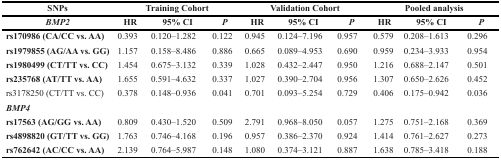
<table><thead><tr><td><b>SNPs</b></td><td colspan="3"><b>Training Cohort</b></td><td colspan="3"><b>Validation Cohort</b></td><td colspan="3"><b>Pooled analysis</b></td></tr><tr><td><b><i>BMP2</i></b></td><td><b>HR</b></td><td><b>95% CI</b></td><td><b><i>P</i></b></td><td><b>HR</b></td><td><b>95% CI</b></td><td><b><i>P</i></b></td><td><b>HR</b></td><td><b>95% CI</b></td><td><b><i>P</i></b></td></tr></thead><tbody><tr><td><b>rs170986 (CA/CC vs. AA)</b></td><td>0.393</td><td>0.120–1.282</td><td>0.122</td><td>0.945</td><td>0.124–7.196</td><td>0.957</td><td>0.579</td><td>0.208–1.613</td><td>0.296</td></tr><tr><td><b>rs1979855 (AG/AA vs. GG)</b></td><td>1.157</td><td>0.158–8.486</td><td>0.886</td><td>0.665</td><td>0.089–4.953</td><td>0.690</td><td>0.959</td><td>0.234–3.933</td><td>0.954</td></tr><tr><td><b>rs1980499 (CT/TT vs. CC)</b></td><td>1.454</td><td>0.675–3.132</td><td>0.339</td><td>1.028</td><td>0.432–2.447</td><td>0.950</td><td>1.216</td><td>0.688–2.147</td><td>0.501</td></tr><tr><td><b>rs235768 (AT/TT vs. AA)</b></td><td>1.655</td><td>0.591–4.632</td><td>0.337</td><td>1.027</td><td>0.390–2.704</td><td>0.956</td><td>1.307</td><td>0.650–2.626</td><td>0.452</td></tr><tr><td>rs3178250 (CT/TT vs. CC)</td><td>0.378</td><td>0.148–0.936</td><td>0.041</td><td>0.701</td><td>0.093–5.254</td><td>0.729</td><td>0.406</td><td>0.175–0.942</td><td>0.036</td></tr><tr><td><b><i>BMP4</i></b></td><td></td><td></td><td></td><td></td><td></td><td></td><td></td><td></td><td></td></tr><tr><td><b>rs17563 (AG/GG vs. AA)</b></td><td>0.809</td><td>0.430–1.520</td><td>0.509</td><td>2.791</td><td>0.968–8.050</td><td>0.057</td><td>1.275</td><td>0.751–2.168</td><td>0.369</td></tr><tr><td><b>rs4898820 (GT/TT vs. GG)</b></td><td>1.763</td><td>0.746–4.168</td><td>0.196</td><td>0.957</td><td>0.386–2.370</td><td>0.924</td><td>1.414</td><td>0.761–2.627</td><td>0.273</td></tr><tr><td><b>rs762642 (AC/CC vs. AA)</b></td><td>2.139</td><td>0.764–5.987</td><td>0.148</td><td>1.080</td><td>0.374–3.121</td><td>0.887</td><td>1.638</td><td>0.785–3.418</td><td>0.188</td></tr></tbody></table>